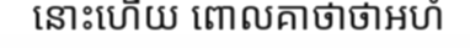
នោះហើយ ពោលគាថាថាអហំ